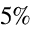
5 \%